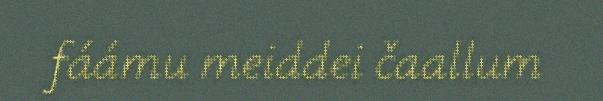
fáámu meiddei čaallum